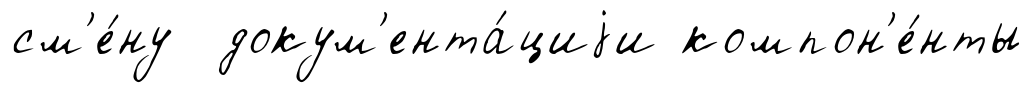
см'е́ну докум'ента́циjи компон'е́нты